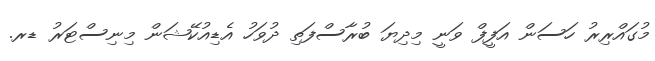
މުގައްރިރު ހަސަން އަފީފް ވަނީ މިދިޔަ ބުރާސްފަތި ދުވަހު އެޑިއުކޭޝަން މިނިސްޓަރު ޑރ.